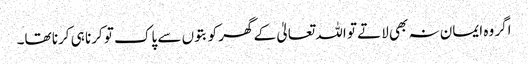
اگر وہ ایمان نہ بھی لاتے تو اللہ تعالیٰ کے گھر کو بتوں سے پاک تو کرنا ہی کرنا تھا۔